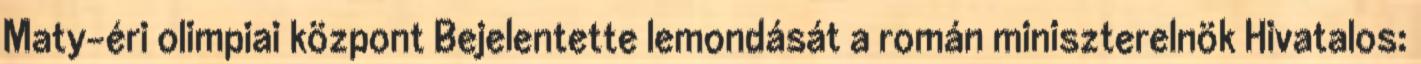
Maty-éri olimpiai központ Bejelentette lemondását a román miniszterelnök Hivatalos: